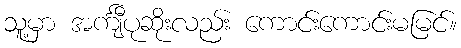
သူ့မှာ အင်္ကျီပုဆိုးလည်း ကောင်းကောင်းမမြင်။